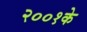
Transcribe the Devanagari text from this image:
२००१के